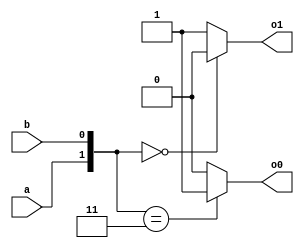
// N Sree Dhyuti
// CED19I027
// CA LAB 3 : 64-Bit Recursive doubling based carry lookahead adder

//Set the measurement and precision of time
`timescale 1ns / 1ps

module kpg_init (o1, o0, a, b);
    input a, b;
    output reg o1, o0;
	always @(*)
	case ({a, b})
		2'b00: begin
			o0 = 1'b0; o1 = 1'b0;
		end
		2'b11: begin
			o0 = 1'b1; o1 = 1'b1;
		end
		default: begin 
			o0 = 1'b0; o1 = 1'b1;
		end
	endcase

endmodule

module kpg (cur_1, cur_0, prev_1, prev_0, out_1, out_0);
	input cur_1, cur_0, prev_1, prev_0;
	output reg out_1, out_0;
	
	always @(*)
	begin
		if({cur_1, cur_0} == 2'b00)
			{out_1, out_0} = 2'b00;
		
		if({cur_1, cur_0} == 2'b11)
			{out_1, out_0} = 2'b11;

		if({cur_1, cur_0} == 2'b10)
			{out_1, out_0} = {prev_1, prev_0};
	end
endmodule

module rdcla (sum, cout, a, b, cin);

	input [63:0] a, b;
	input cin;
	output reg [63:0] sum;
	output reg cout;

	wire [64:0] carry0, carry1;
	wire [64:0] carry0_1, carry1_1, carry0_2, carry1_2, carry0_4, carry1_4, carry0_8, carry1_8, carry0_16, carry1_16, carry1_32, carry0_32;

	assign carry0[0] = cin;
	assign carry1[0] = cin;

	always @(*)
	begin
		sum = a^b;
		sum = sum[63:0] ^ carry0_32[63:0];
		cout = carry0_32[64];	
	end
	
	kpg_init i [64:1] (carry1[64:1], carry0[64:1], a[63:0], b[63:0]);

	assign carry1_1[0] = cin;
	assign carry0_1[0] = cin;
	assign carry1_2[1:0] = carry1_1[1:0];
	assign carry0_2[1:0] = carry0_1[1:0];
	assign carry1_4[3:0] = carry1_2[3:0];
	assign carry0_4[3:0] = carry0_2[3:0];
	assign carry1_8[7:0] = carry1_4[7:0];
	assign carry0_8[7:0] = carry0_4[7:0];
	assign carry1_16[15:0] = carry1_8[15:0];
	assign carry0_16[15:0] = carry0_8[15:0];
	assign carry1_32[31:0] = carry1_16[31:0];
	assign carry0_32[31:0] = carry0_16[31:0];

	kpg i1 [64:1] (carry1[64:1], carry0[64:1], carry1[63:0], carry0[63:0], carry1_1[64:1], carry0_1[64:1]);
	kpg i2 [64:2] (carry1_1[64:2], carry0_1[64:2], carry1_1[62:0], carry0_1[62:0], carry1_2[64:2], carry0_2[64:2]);
	kpg i4 [64:4] (carry1_2[64:4], carry0_2[64:4], carry1_2[60:0], carry0_2[60:0], carry1_4[64:4], carry0_4[64:4]);
	kpg i8 [64:8] (carry1_4[64:8], carry0_4[64:8], carry1_4[56:0], carry0_4[56:0], carry1_8[64:8], carry0_8[64:8]);
	kpg i16 [64:16] (carry1_8[64:16], carry0_8[64:16], carry1_8[48:0], carry0_8[48:0], carry1_16[64:16], carry0_16[64:16]);
	kpg i32 [64:32] (carry1_16[64:32], carry0_16[64:32], carry1_16[32:0], carry0_16[32:0], carry1_32[64:32], carry0_32[64:32]);

endmodule